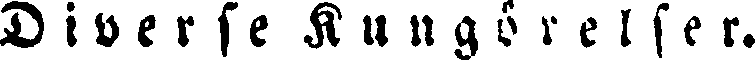
Diverse Kungörelser.